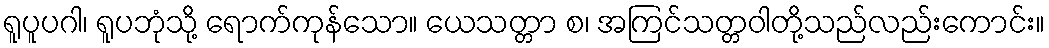
ရူပူပဂါ၊ ရူပဘုံသို့ ရောက်ကုန်သော။ ယေသတ္တာ စ၊ အကြင်သတ္တဝါတို့သည်လည်းကောင်း။